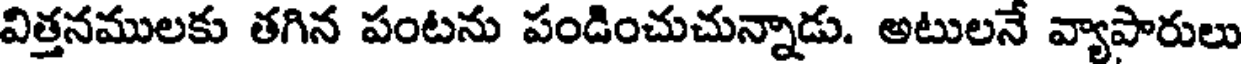
విత్తనములకు తగిన పంటను పండించుచున్నాడు. అటులనే వ్యాపారులు